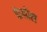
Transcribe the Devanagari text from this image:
फेनोल